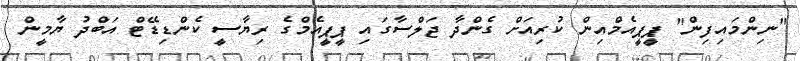
"ނިންމައިފިން" ޕީޕީއެމްއިން ކުރިއަށް ގެންދާ ޖަލްސާގައި ޕީޕީއެމްގެ ރިޔާސީ ކެންޑިޑޭޓް އަބްދު ޔާމީން